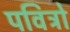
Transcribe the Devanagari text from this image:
पवित्रो